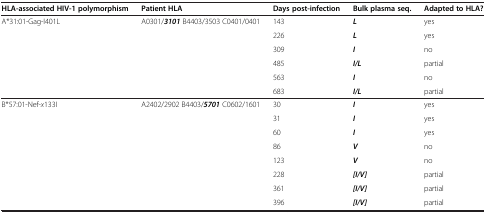
<table><thead><tr><td><b>HLA-associated HIV-1 polymorphism</b></td><td><b>Patient HLA</b></td><td><b>Days post-infection</b></td><td><b>Bulk plasma seq.</b></td><td><b>Adapted to HLA?</b></td></tr></thead><tbody><tr><td>A*31:01-Gag-I401L</td><td>A0301/<b><i>3101</i></b> B4403/3503 C0401/0401</td><td>143</td><td><b><i>L</i></b></td><td>yes</td></tr><tr><td></td><td></td><td>226</td><td><b><i>L</i></b></td><td>yes</td></tr><tr><td></td><td></td><td>309</td><td><b><i>I</i></b></td><td>no</td></tr><tr><td></td><td></td><td>485</td><td><b><i>I/L</i></b></td><td>partial</td></tr><tr><td></td><td></td><td>563</td><td><b><i>I</i></b></td><td>no</td></tr><tr><td></td><td></td><td>683</td><td><b><i>I/L</i></b></td><td>partial</td></tr><tr><td>B*57:01-Nef-<i>x</i>133I</td><td>A2402/2902 B4403/<b><i>5701</i></b> C0602/1601</td><td>30</td><td><b><i>I</i></b></td><td>yes</td></tr><tr><td></td><td></td><td>31</td><td><b><i>I</i></b></td><td>yes</td></tr><tr><td></td><td></td><td>60</td><td><b><i>I</i></b></td><td>yes</td></tr><tr><td></td><td></td><td>86</td><td><b><i>V</i></b></td><td>no</td></tr><tr><td></td><td></td><td>123</td><td><b><i>V</i></b></td><td>no</td></tr><tr><td></td><td></td><td>228</td><td><b><i>[I/V]</i></b></td><td>partial</td></tr><tr><td></td><td></td><td>361</td><td><b><i>[I/V]</i></b></td><td>partial</td></tr><tr><td></td><td></td><td>396</td><td><b><i>[I/V]</i></b></td><td>partial</td></tr></tbody></table>